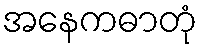
အနေကဓာတုံ